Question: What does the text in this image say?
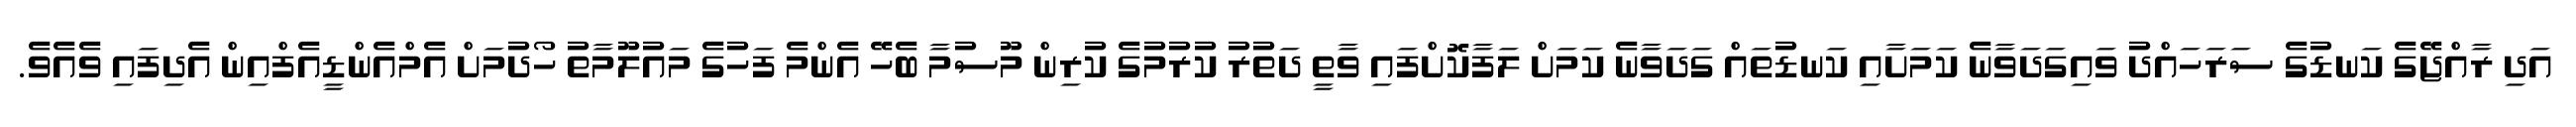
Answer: އަދި ރާއްޖޭގެ ކަނޑުގެ ސަރަހައްދު ވައިގަދަވާނެ ކަމަށާއި ކަނޑުތައް ގަދަވާނެ ކަމަށް ލަފާކޮށްފައި ވާތީ ދަތުރު ކުރުމުގެ ކުރިން މޫސުމާ ބެހޭ އެންމެ ފަހުގެ މައުލޫމާތު ހޯދުމަށް އެމްއެންޑީއެފްއިން އެދިފައި ވެއެވެ.